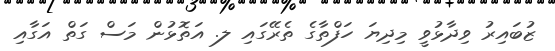
ޒުބައިރު ވިދާޅުވީ މިދިޔަ ހަފްތާގެ ތެރޭގައި ލ. އަތޮޅުން މަސް ގަތް އަގާއި